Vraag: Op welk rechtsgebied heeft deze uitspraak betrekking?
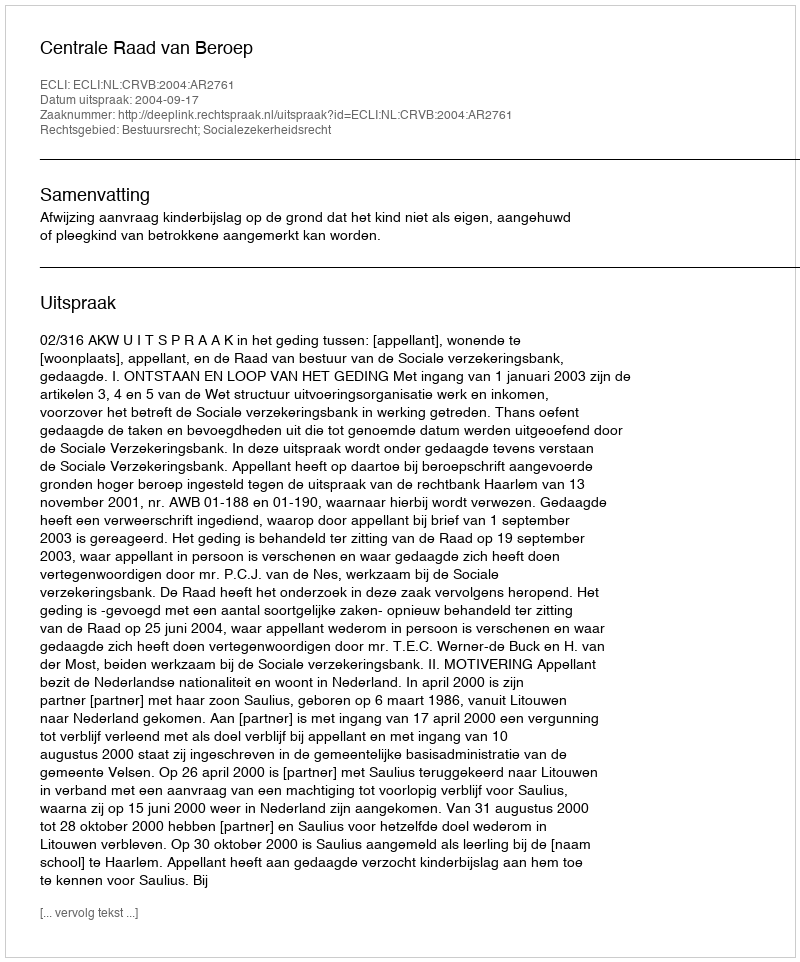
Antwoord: Bestuursrecht; Socialezekerheidsrecht